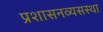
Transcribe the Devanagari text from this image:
प्रशासनव्यसस्था